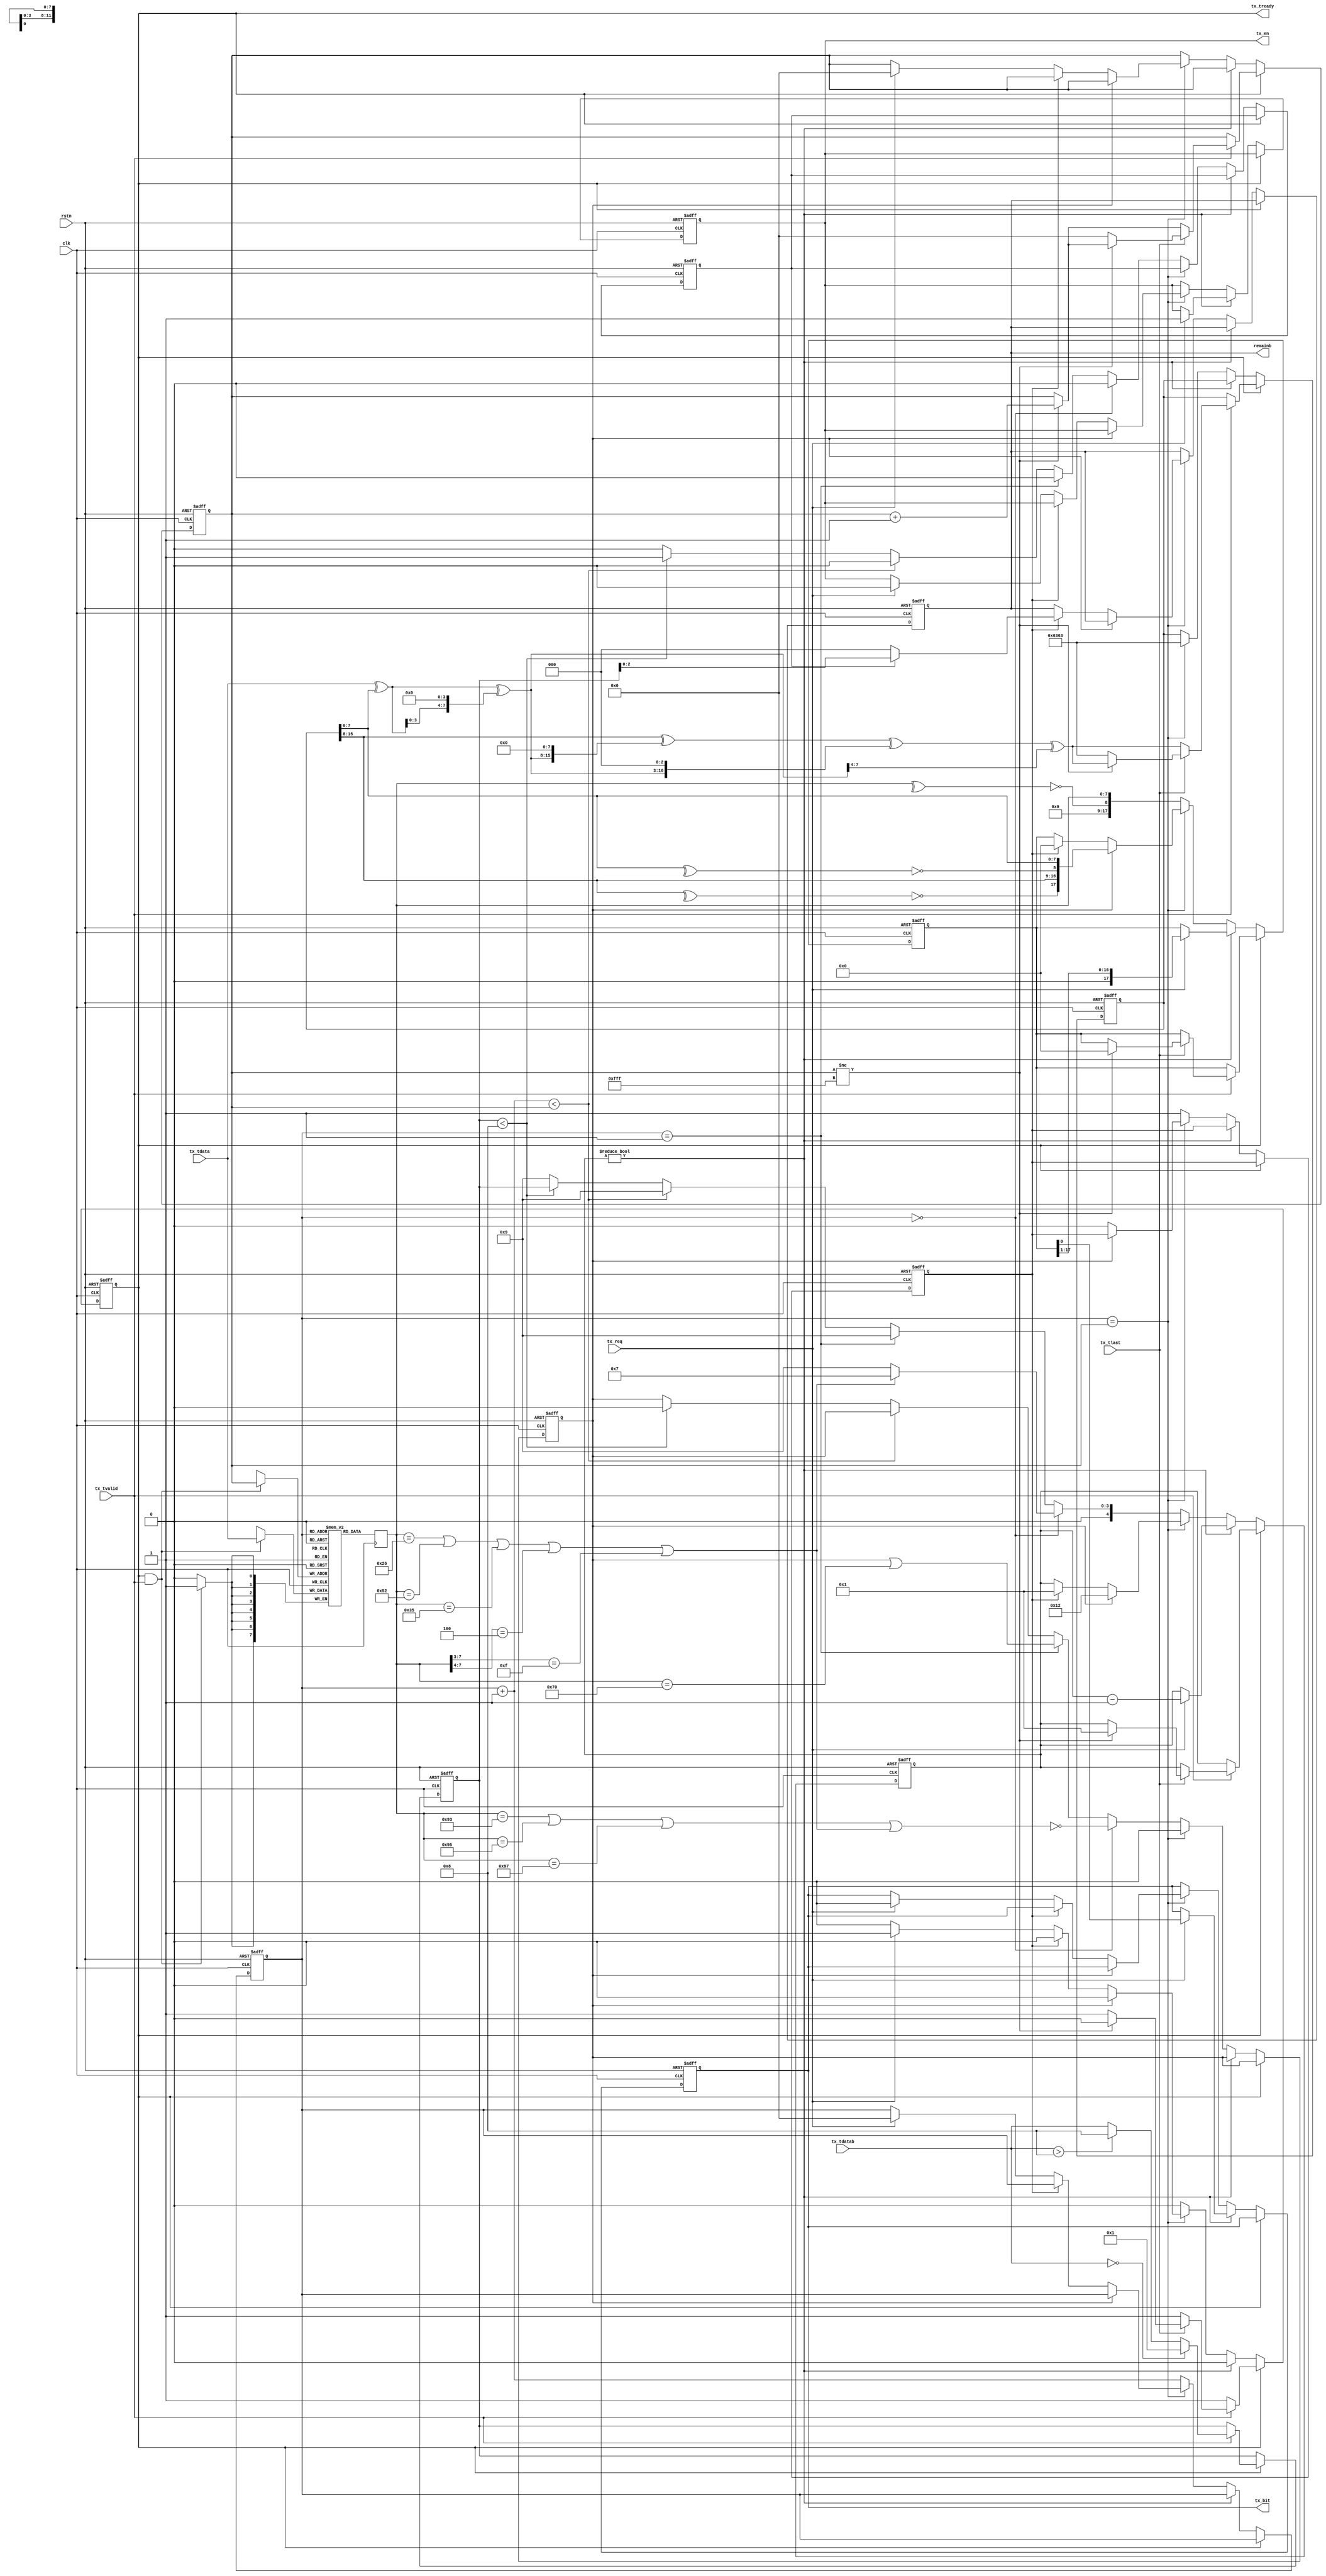
module nfca_tx_frame (
    input wire rstn,
    input wire clk,

    input wire tx_tvalid,
    output reg tx_tready,
    input wire [7:0] tx_tdata,
    input wire [3:0] tx_tdatab, // indicate how many bits are valid in the last byte. range=[1,8]. for the last byte of bit-oriented frame
    input wire tx_tlast,

    input wire tx_req,
    output reg tx_en,
    output reg tx_bit,
    // indicate how many bits remain for an incomplete byte for PICC to send, for nfca_rx_tobytes to reconstruct the bytes
    output reg [2:0] remainb
);

function  [15:0] CRC16;
    input [15:0] crc;
    input [ 7:0] inbyte;
//function automatic logic [15:0] CRC16(input logic [15:0] crc, input logic [7:0] inbyte);
    reg   [ 7:0] tmp;
begin
    tmp = inbyte ^ crc[7:0];
    tmp = tmp ^ {tmp[3:0], 4'h0};
    CRC16 = ({8'h0, crc[15:8]} ^ {tmp, 8'h0} ^ {5'h0, tmp, 3'h0} ^ {12'h0, tmp[7:4]});
end
endfunction

// 
initial tx_tready = 1'b0;       // 
initial {tx_en, tx_bit} = 0;    // bit0
initial remainb = 0;            // PICCbit0

reg [ 7:0] buffer [0:4095]; // fifo4096=4KB

// regIEEE. 1364-2005 6.2.1 Variable declaration assignment
reg [ 7:0] rdata = 0; // fifo
reg [11:0] wptr = 0;
reg [11:0] rptr = 0;
reg [ 3:0] lastb = 0;
reg [17:0] txshift = 0; // 
reg [ 4:0] txcount = 0; // 
reg        end_of = 1'b0;
reg        has_crc = 1'b0;
reg [15:0] crc = 16'h6363;
reg        incomplete = 1'b0;

wire short_frame = (rdata == 8'h26 || rdata == 8'h52 || rdata == 8'h35 || rdata[7:4] == 4'h4 || rdata[7:3] == 5'h0F);

always @(posedge clk)
    rdata <= buffer[rptr];

always @(posedge clk)
    if(tx_tready & tx_tvalid)
        buffer[wptr] <= tx_tdata; // fifo8bit

always @(posedge clk or negedge rstn)
    if(~rstn) begin
        // initial
        tx_tready <= 0;
        {tx_bit, tx_en} <= 0;
        remainb <= 0;           // 3bit, 0~7

        {wptr, rptr} <= 0;
        lastb <= 0;             // 4bit
        txshift <= 0;           // 18bit, 2*8+2bit
        txcount <= 0;           // 5bit
        end_of <= 1'b0;
        has_crc <= 1'b0;
        crc <= 16'h6363;
        incomplete <= 1'b0;

    end else begin

        if(tx_tready) begin // 
            if(tx_tvalid) begin // if
                crc <= CRC16(crc, tx_tdata);

                if(wptr != 12'hFFF) wptr <= wptr + 12'd1; // 1byte+1

                lastb <= tx_tdatab==4'd0 ? 4'd1 : tx_tdatab>4'd8 ? 4'd8 : tx_tdatab;

                if(tx_tlast) begin // 
                    if(wptr != 12'hFFF) begin // fifo
                        txshift <= 0;         // 
                        txcount <= 5'd1;      // send the S bit (start of communication)
                        tx_tready <= 1'd0;    // 0start to send a frame
                    end else begin             // fifo
                        wptr <= 0;             // 
                        crc  <= 16'h6363;      // crc
                    end
                end
            end

        end else if(txcount != 0) begin // bit0
            if(tx_req) begin // 1bit
                {txshift, tx_bit, tx_en} <= {1'b0, txshift, 1'b1}; // txshifttx_bit
                txcount <= txcount - 5'd1; // 1bit-1
            end

        end else if(rptr == wptr) begin  // ==fifo
            if(has_crc) begin // crccrc
                txshift <= {~(^crc[15:8]), crc[15:8], ~(^crc[7:0]), crc[7:0]}; // append CRC (16bit + 2bit parity), LSB
                txcount <= 5'd18; // append CRC (16bit + 2bit parity), CRC
            end else if(end_of) begin // Byte
                txshift <= 0;    // 0
                txcount <= 5'd1; // send the E bit (end of communication)
                end_of  <= 1'b0; // 
                remainb <= incomplete ? lastb[2:0] : 3'd0; // bit[1, 7]lastb[2:0]93 22 03:2  bit-oriented  22  UID  2  bit 03:2  0x03 (00000011) 2 11 
            end else if(tx_req) begin // +
                tx_tready <= 1'b1; // 
                {tx_bit, tx_en} <= 0; // bit0
                {wptr, rptr} <= 0; // 0
            end
            
            // fifocrc
            has_crc <= 1'b0; // crc
            crc <= 16'h6363; // crc6363

        end else begin
            incomplete <= 1'b0;
            end_of <= 1'b1;
            rptr <= rptr + 12'd1; // 
            txshift <= {9'd0, ~(^rdata), rdata}; // 9bit+1bit Parity+8bit Data, LSB sned first

            if         (rptr == 12'h0) begin // 
                has_crc <= ~(rdata == 8'h93 || rdata == 8'h95 || rdata == 8'h97 || short_frame); // /SELSELECT CommandS+7bits+ECRC_A
                txcount <= short_frame ? 4'd7 : 4'd9; // 7bit8bit+1bit Parity
            end else if(rptr == 12'h1) begin // 
                has_crc <= has_crc | (rdata == 8'h70); // CRCSELECT CommandNVB==8'h70
                txcount <= 4'd9; // 8bit+1bit Parity
            end else if(rptr+12'd1 < wptr) begin // inner bytes
                txcount <= 4'd9; // 
            end else if(lastb < 4'd8) begin // 
                incomplete <= 1'b1;
                has_crc <= 1'b0;
                txcount <= {1'h0, lastb}; // 
            end else begin
                txcount <= 5'd9; // 
            end
        end
    end

endmodule